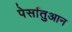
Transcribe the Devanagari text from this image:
पेर्सातुआन